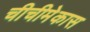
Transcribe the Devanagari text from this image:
चीचीमेकास